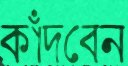
কাঁদবেন